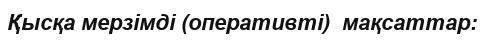
Қысқа мерзімді (оперативті)  мақсаттар: